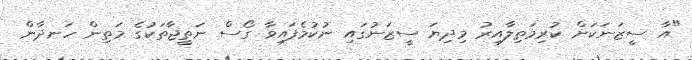
"އާ ސީޒަނަކަށް ކުރިމަތިލާއިރު މިދިޔަ ސީޒަނުގައި ނުކުމެފައިވާ ގޯސް ނަތީޖާތަކުގެ މަތިން ހަނދާން